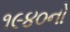
૧૯૪૦નો